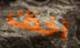
آخذك